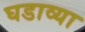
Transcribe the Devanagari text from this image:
घडाव्या